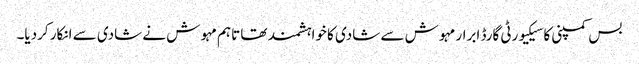
بس کمپنی کا سیکیورٹی گارڈ ابرار مہوش سے شادی کا خواہشمند تھا تاہم مہوش نے شادی سے انکار کردیا۔